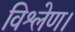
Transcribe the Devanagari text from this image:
विश्लेण।